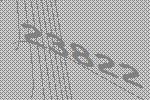
23822